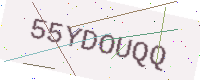
Text: 55YDOUQQ